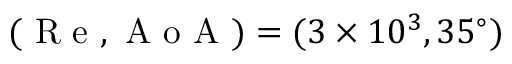
( \mathrm { ~ R ~ e ~ } , \mathrm { ~ A ~ o ~ A ~ } ) = ( 3 \times 1 0 ^ { 3 } , 3 5 ^ { \circ } )